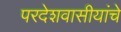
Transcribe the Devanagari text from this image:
परदेशवासीयांचे